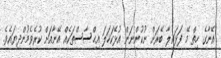
އޭނާގެ ހިތް މޭ ފަޅައިލާ ބޭރަށް ނުކުންނަން އުޅޭކަހަލަ އިޙްސާސްތަކެއް އޭނާއަށް ކުރެވެމުންދިޔައެވެ.